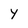
Character: Y